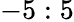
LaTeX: -5:5